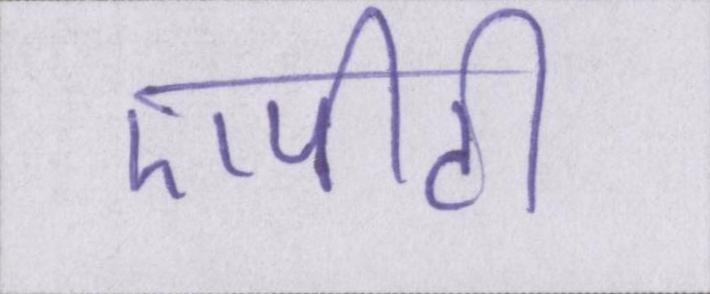
एपीटी